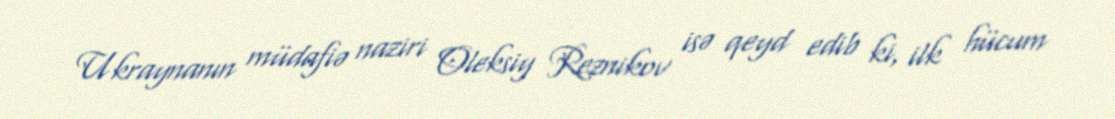
Ukraynanın müdafiə naziri Oleksiy Reznikov isə qeyd edib ki, ilk hücum